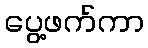
ပွေ့ဖက်ကာ